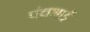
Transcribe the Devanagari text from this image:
पंचभाई